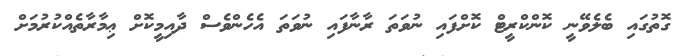
ގޮތުގައި ބެލެވޭނީ ކޮންކްރީޓް ކޮށްފައި ނުވަތަ ރާނާފައި ނުވަތަ އެހެންވެސް ދާއިމީކޮށް ޢިމާރާތެއްކުރުމަށް